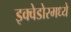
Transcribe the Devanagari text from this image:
इक्वेडोरमध्ये